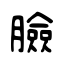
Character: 臉